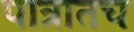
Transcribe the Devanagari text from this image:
पात्रातच